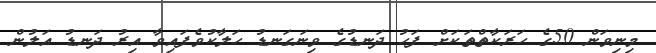
މިނިވަން 50ގެ ހަރަކާތްތަކަށް ފަހު ދަނޑުގެ ވިނަގަނޑު ހަލާކުވެފައިވާ އިރު ދަނޑު އަލުން